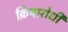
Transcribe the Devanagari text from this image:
क्रियारोधी